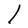
Character: l